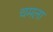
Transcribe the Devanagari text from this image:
चमला